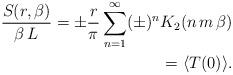
LaTeX: \begin{align*}{S(r,\beta)\over \beta\,L} = \pm{r\over \pi} \sum_{n=1}^\infty(\pm)^n K_2(n\,m\,\beta) \\ =\langle T(0) \rangle.\end{align*}